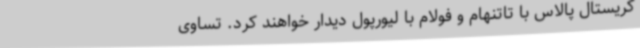
کریستال پالاس با تاتنهام و فولام با لیورپول دیدار خواهند کرد. تساوی